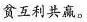
贫互利共赢。